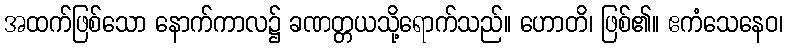
အထက်ဖြစ်သော နောက်ကာလ၌ ခဏတ္တယသို့ရောက်သည်။ ဟောတိ၊ ဖြစ်၏။ ဧကံသေနေဝ၊